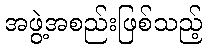
အဖွဲ့အစည်းဖြစ်သည့်